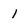
Character: 1